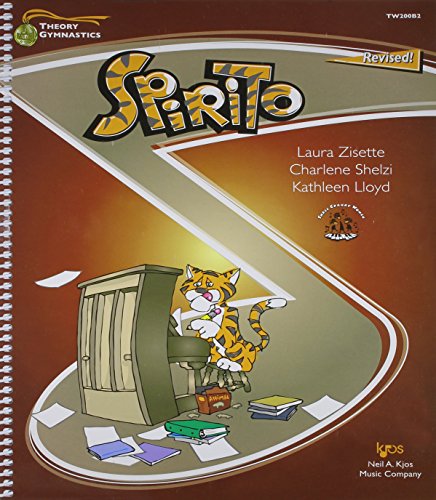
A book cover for TW200B2 - Theory Gymnastics - Spirito Level B Revised; Laura Zisette; Sports & Outdoors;